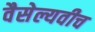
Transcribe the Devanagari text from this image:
वैसेल्यवीच